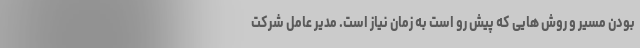
بودن مسیر و روش هایی که پیش رو است به زمان نیاز است. مدیر عامل شرکت